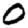
Digit: 0